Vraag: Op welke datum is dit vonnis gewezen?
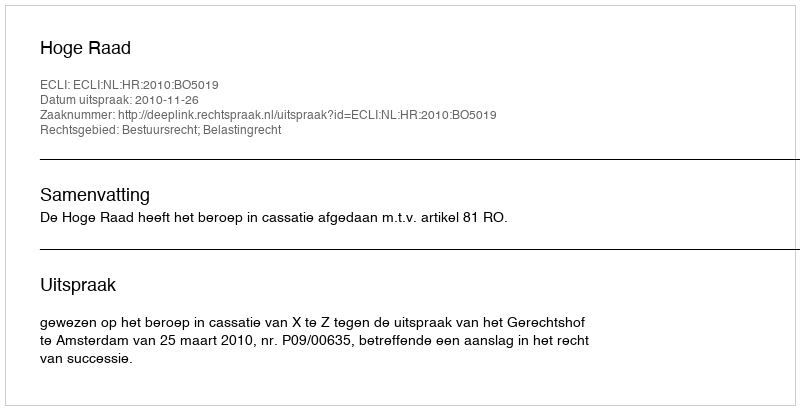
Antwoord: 2010-11-26